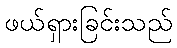
ဖယ်ရှားခြင်းသည်